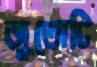
জুতোটি